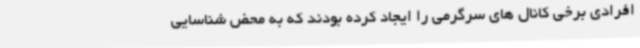
افرادی برخی کانال های سرگرمی را ایجاد کرده بودند که به محض شناسایی